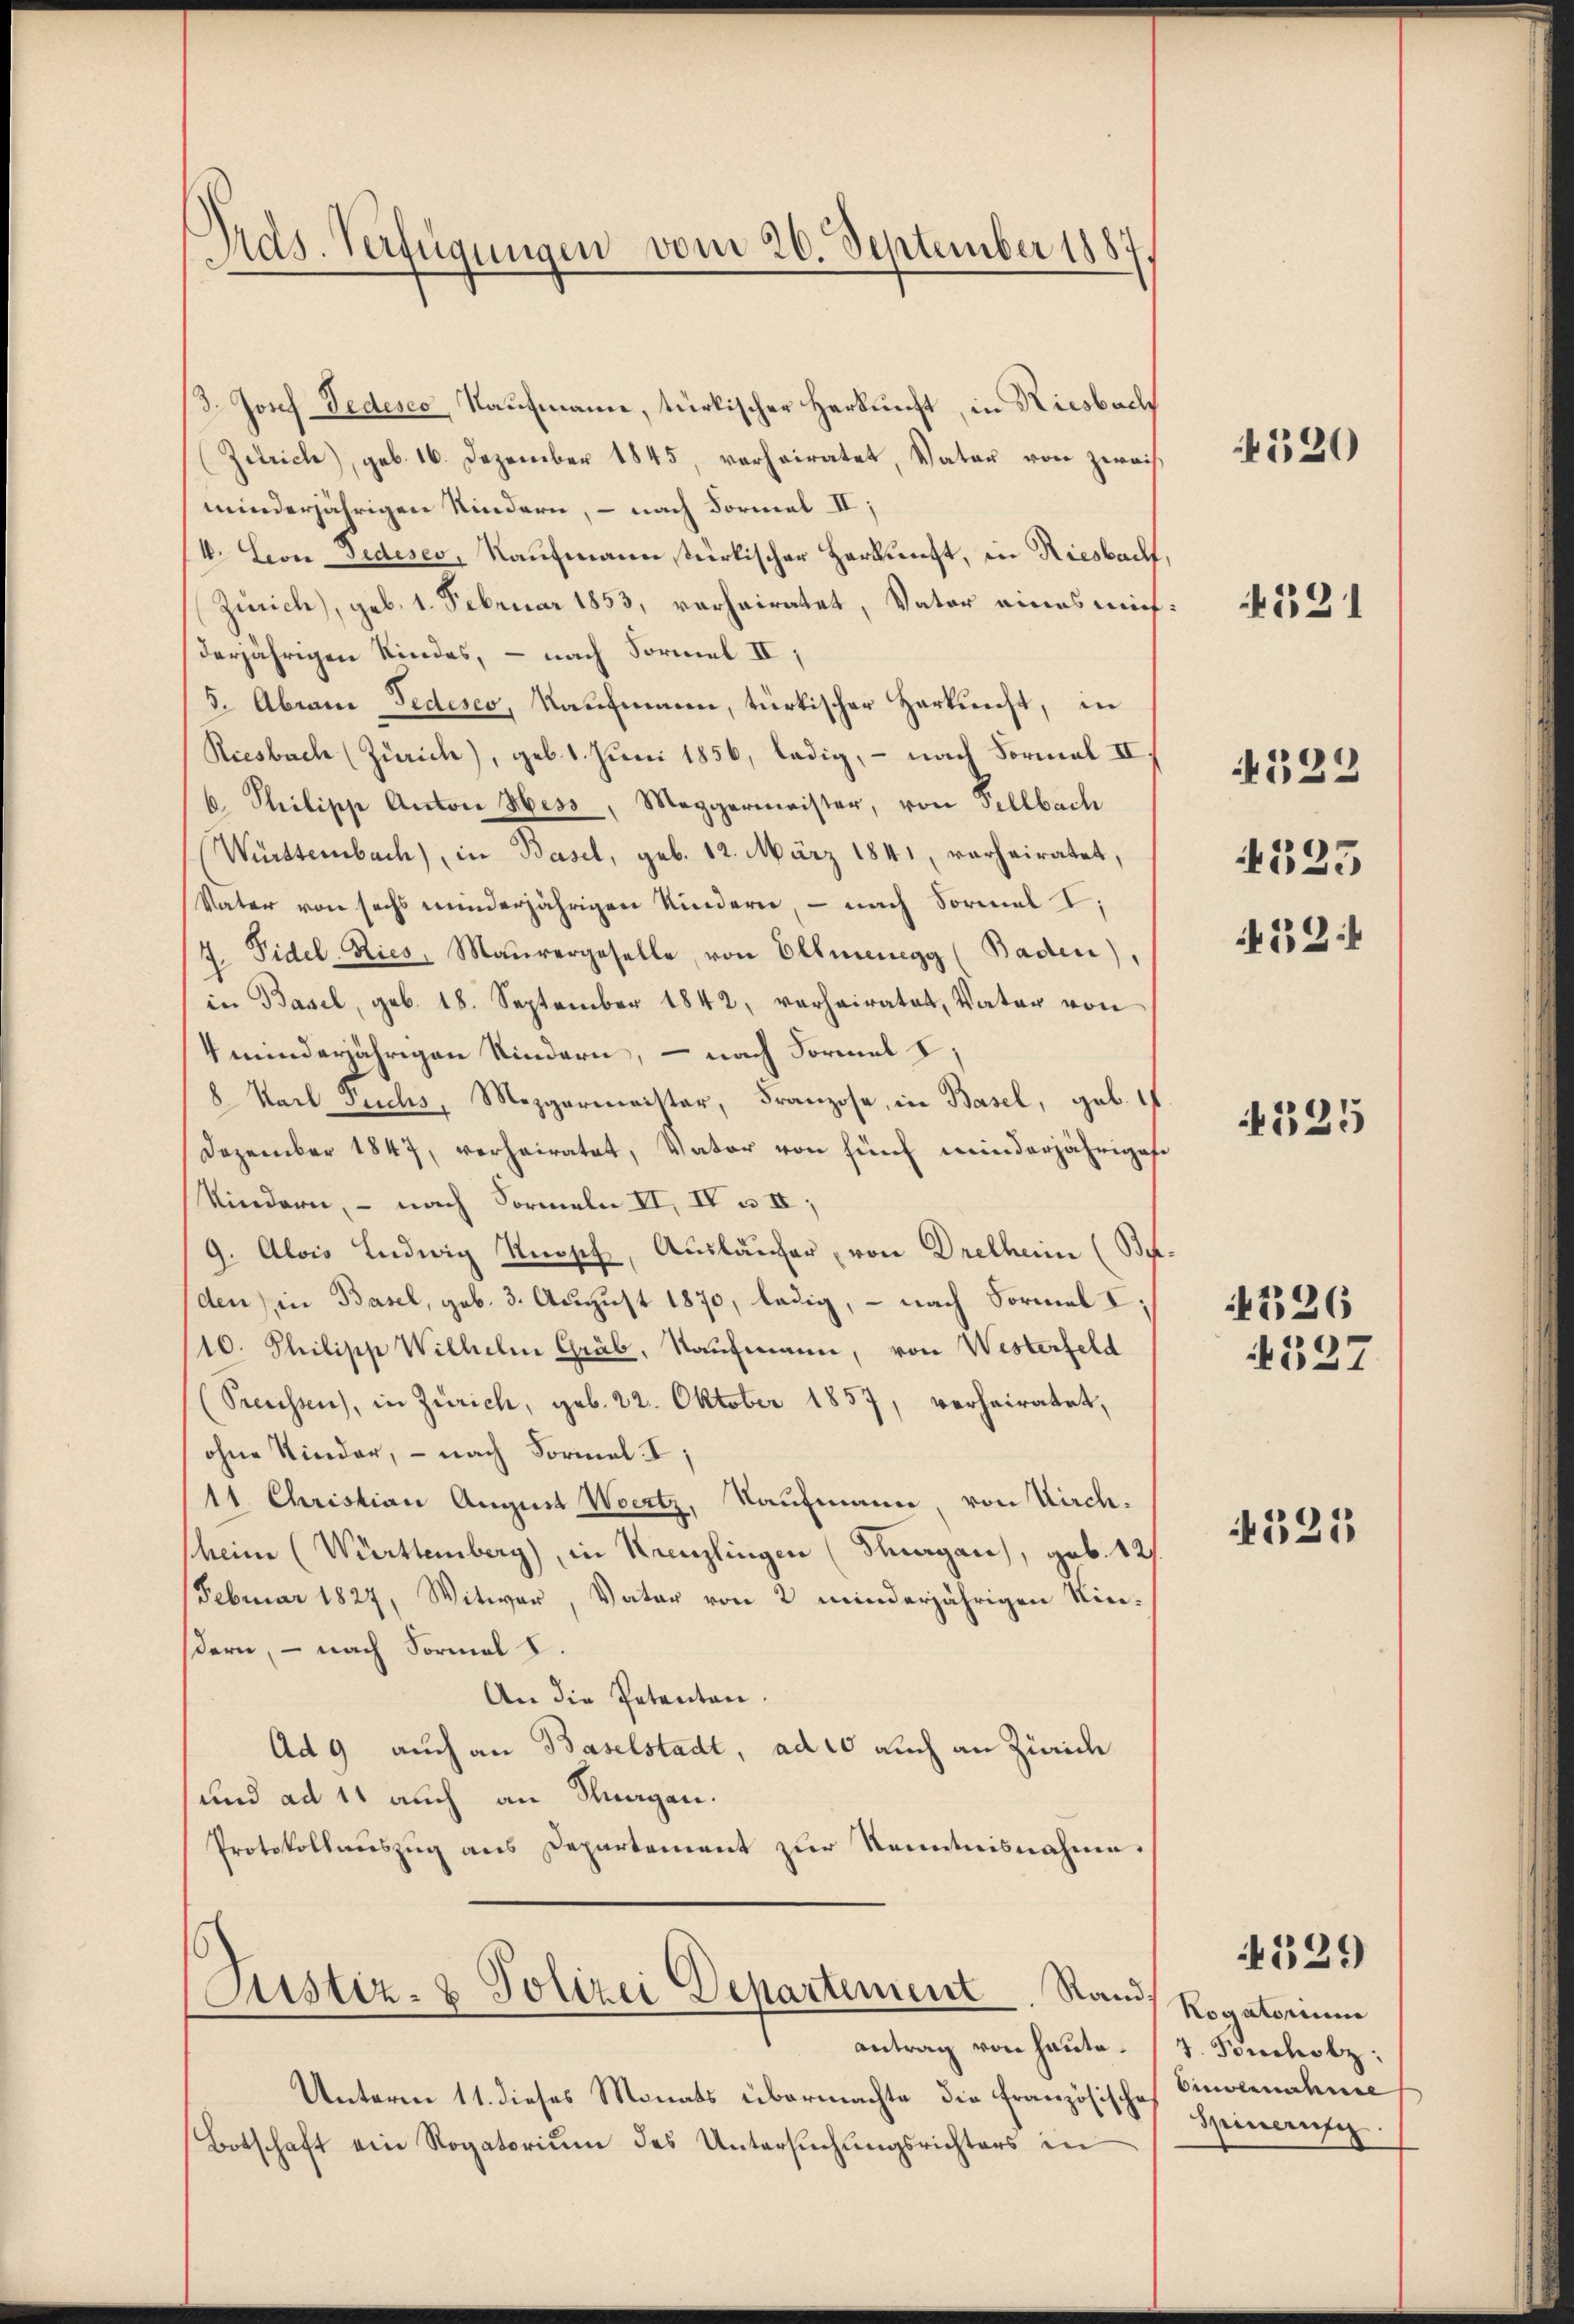
Ords. Verfügungen vom 26. September 1887

3. Josef Tedesco, Kaufmann, türkischer Herkunft, in Riesbach
Zutrich), geb. 16. Dezember 1845, verheiratet, Vater von zweif
minderjährigen Kindern, – nach Formel II,
4. Leon Jedeses, Kaufmann stürkischer Herkunft, in Riesbach,
Zürich), geb. 1. Februar 1853, verheiratet, Vater eines mich:
derjährigen Kindes, – nach Formel II,
5. Abrain Pedesco, Kaufmann, türkischer Herkunst, in
Riesbach (Zürich), geb. 1. Juni 1856, ledig, – nach Formal II
6. Philipp Anton Hess, Meggermeister, von Fellbach
Würsternbach), in Basel, geb. 12. März 1841, verheiratet,
Vater von sechs minderjährigen Kindern, – nach Formel I;
4. Fidel-Ries, Maŭrergeselle, von Ellmenegg (Baden),
in Basel, geb. 18. September 1842, verheiratet, Vater von
4 minderjährigen Kindern, – nach Formal I,
8 Karl Fuchs, Mezgermeister, Franzose, in Basel, geb. 1
Dezember 1847, verheiratet, Vater von fünf minderjähriges
Kindern, – nach Formeln II, IV u. II,
9. Alois Ludwig Knopf, Auslaufer, von Dretheim (Be-
den) in Basel, geb. 3. August 1870, ledig, – nach Formel I;
10. Philipp Wilhelm Gräb, Kaufmann, von Westerfeld
(Preussen), in Zürich, geb. 22. Oktober 1857, verheiratet,
ohne Kinder, - nach Formal. I,
11. Christian August Wertz, Kaufmann, von Kirchscheine (Württemberg), in Kreuzlingen (Thurgau), geb. 121.
Februar 1827, Witwer, Vater von 2 minderjährigen Niedern, – nach Formal I.
An die Petenten.
Ad 9 auch an Baselstadt, ad 10 auch an Zürich
und ad 11 auch an Knagen.
Protokollauszug aus Departement zur Kenntnisnahme.

Justiz- & Polizei Departement. Sand
antrag von heute.

Unterm 11. dieses Monats übermachte die französische Einvernahme
Botschaft ein Rogatorium des Untersuchungsrichters in

320

521

4523

522

59:

325

4326
4537

4521

529)

Rogatorium
4. Foncholz.
Spinanzz